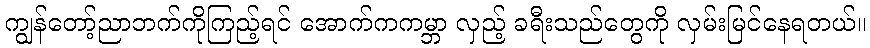
ကျွန်တော့်ညာဘက်ကိုကြည့်ရင် အောက်ကကမ္ဘာ လှည့် ခရီးသည်တွေကို လှမ်းမြင်နေရတယ်။